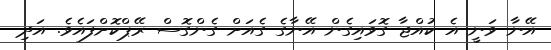
އޭނާ ވަނީ އެ ކުއްޖާ ގޮވައިގެން އޭނާގެ ގެއަށް ގެންގޮސް ރޭޕްކޮށްފައެވެ. އަދި